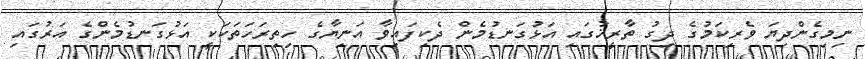
ނިމިގެންދިޔަ ވެރިކަމުގެ ދިގު ތާރީޚުގައި އަޅުގަނޑުމެން ދެކިފައިވާ އަނިޔާގެ ހިތިރަހަތަކަކީ އަޅުގަނޑުމެންގެ އަރުގައި